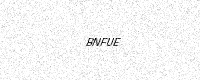
Text: BNFUE